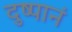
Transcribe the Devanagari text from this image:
दुष्पानं